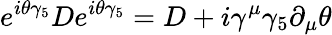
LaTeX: e^{i\theta\gamma_{5}}De^{i\theta\gamma_{5}}=D+i\gamma^{\mu}\gamma_{5}\partial_{\mu}\theta